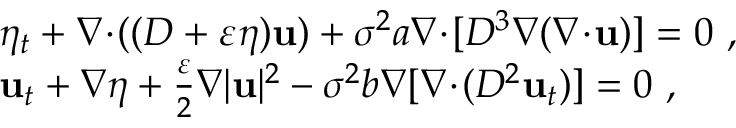
\begin{array} { r l } & { \eta _ { t } + \nabla \! \cdot \! ( ( D + \varepsilon \eta ) \mathbf { u } ) + \sigma ^ { 2 } a \nabla \! \cdot \! [ D ^ { 3 } \nabla ( \nabla \! \cdot \! \mathbf { u } ) ] = 0 \ , } \\ & { \mathbf { u } _ { t } + \nabla \eta + \frac { \varepsilon } { 2 } \nabla | \mathbf { u } | ^ { 2 } - \sigma ^ { 2 } b \nabla [ \nabla \! \cdot \! ( D ^ { 2 } \mathbf { u } _ { t } ) ] = 0 \ , } \end{array}